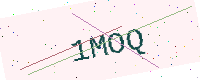
Text: 1MOQ